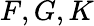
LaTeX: F,G,K